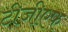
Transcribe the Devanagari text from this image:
टीजीएफ